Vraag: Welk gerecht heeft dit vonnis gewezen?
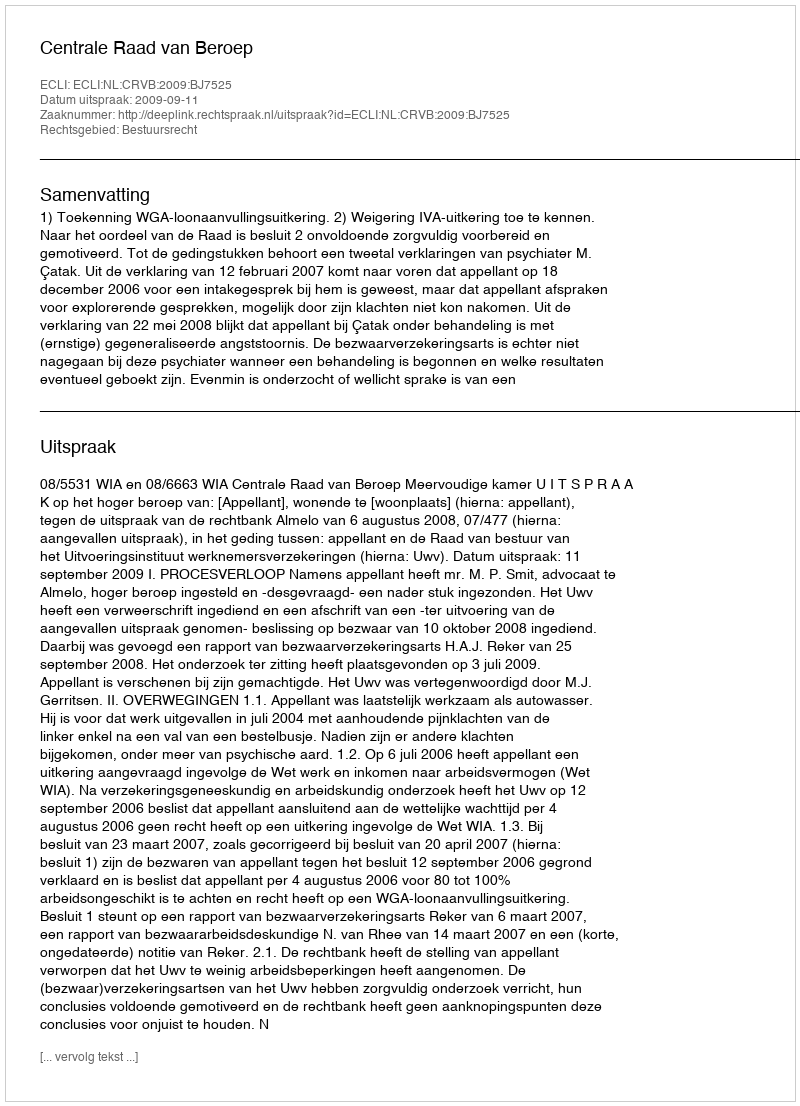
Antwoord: Centrale Raad van Beroep